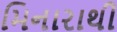
મિનારાથી